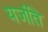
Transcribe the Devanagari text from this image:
यजंति